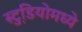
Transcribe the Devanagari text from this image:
स्टु़डियोमध्ये